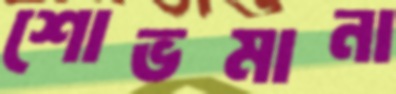
শোভমানা